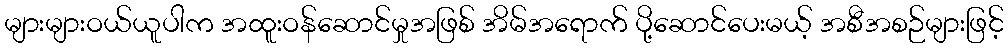
များများဝယ်ယူပါက အထူးဝန်ဆောင်မှုအဖြစ် အိမ်အရောက် ပို့ဆောင်ပေးမယ့် အစီအစဉ်များဖြင့်